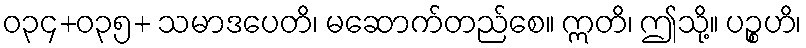
ဝ၃၄+၀၃၅+ သမာဒပေတိ၊ မဆောက်တည်စေ။ ဣတိ၊ ဤသို့။ ပဉ္စဟိ၊